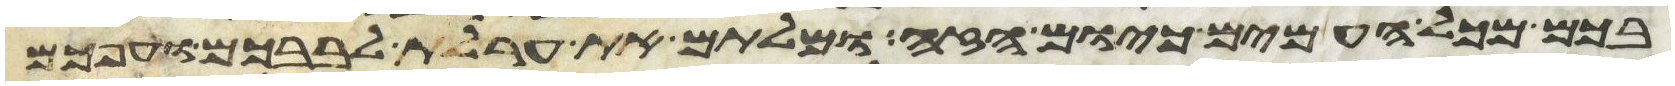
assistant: בכם מכל העמים כיום הזה ומלתם את ערלת לבבכם וערפכם